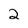
Character: 2